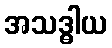
အသဒ္ဓါယ